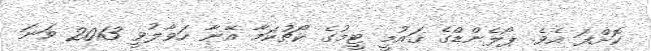
ކޮށްފަ އެވެ. ޕޯލެންޑްގެ ޤައުމީ ޓީމުގެ ކޯޗުކަމާ އޭނާ ހަވާލުވީ 2013 ވަނަ